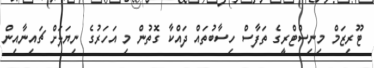
ޓޫރިޒަމް މިނިސްޓްރީގެ ތަފާސް ހިސާބުތައް ދައްކާ ގޮތުން މި އަހަރުގެ ނިޔަލަށް ޗައިނާއިން